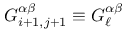
G _ { i + 1 , j + 1 } ^ { \alpha \beta } \equiv G _ { \ell } ^ { \alpha \beta }